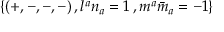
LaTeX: \{ ( + , - , - , - ) \, , l ^ { a } n _ { a } = 1 \, , m ^ { a } { \bar { m } } _ { a } = - 1 \}